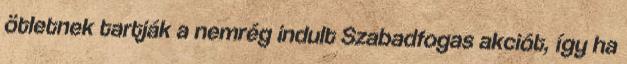
ötletnek tartják a nemrég indult Szabadfogas akciót, így ha